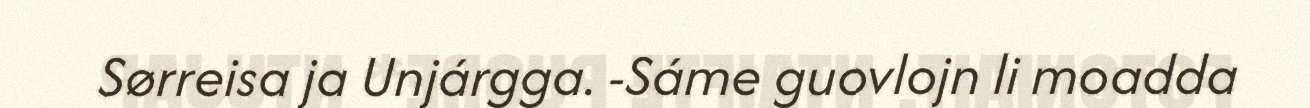
Sørreisa ja Unjárgga. -Sáme guovlojn li moadda